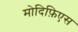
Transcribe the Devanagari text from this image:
मोदिफ़िएस